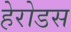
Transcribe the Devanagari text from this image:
हेरोडस